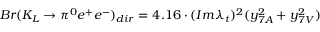
B r ( K _ { L } \to \pi ^ { 0 } e ^ { + } e ^ { - } ) _ { d i r } = 4 . 1 6 \cdot ( I m \lambda _ { t } ) ^ { 2 } ( y _ { 7 A } ^ { 2 } + y _ { 7 V } ^ { 2 } )